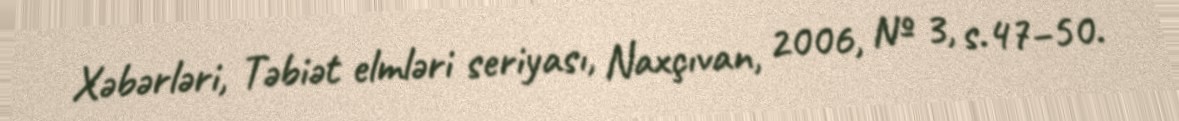
Xəbərləri, Təbiət elmləri seriyası, Naxçıvan, 2006, № 3, s.47–50.